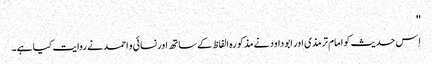
''
اِس حدیث کو امام ترمذی اور ابو داود نے مذکورہ الفاظ کے ساتھ اور نسائی و احمد نے روایت کیا ہے۔